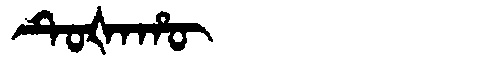
Manchu: ᡨᡠᡧᠠᡥᡡ
Romanization: TUŠAHŪ